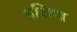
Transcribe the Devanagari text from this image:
हत्तिण